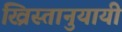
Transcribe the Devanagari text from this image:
ख्रिस्तानुयायी